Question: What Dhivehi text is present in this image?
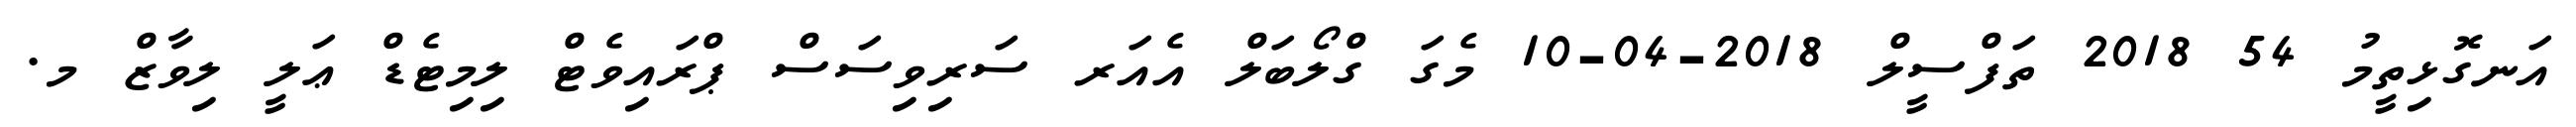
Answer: އަނގޮޅިތީމު 54 2018 ތަފްސީލް 2018-04-10 މެގަ ގްލޯބަލް އެއަރ ސަރިވިސަސް ޕްރައިވެޓް ލިމިޓެޑް ޢަލީ ލިވާޒް މ.